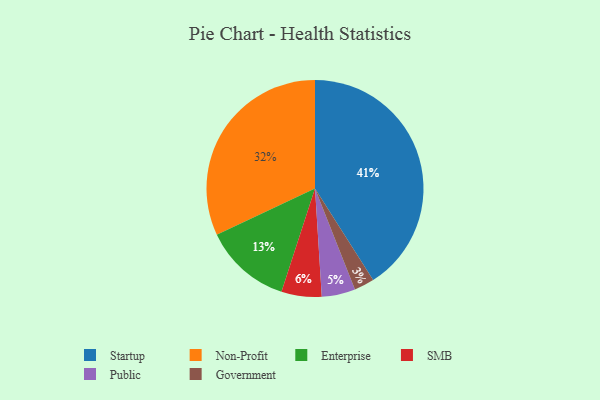
{"axis": {"x": "Category", "y": "Percentage"}, "legend": ["Enterprise", "Government", "Non-Profit", "Public", "SMB", "Startup"], "data": [{"x": "Enterprise", "y": 13, "type": "Enterprise"}, {"x": "Government", "y": 3, "type": "Government"}, {"x": "Public", "y": 5, "type": "Public"}, {"x": "SMB", "y": 6, "type": "SMB"}, {"x": "Startup", "y": 41, "type": "Startup"}, {"x": "Non-Profit", "y": 32, "type": "Non-Profit"}]}